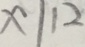
x \vert 1 2